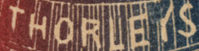
THORLEYS